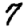
Digit: 7